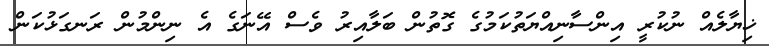
ޚިޔާލެއް ނުކުރީ އިންސާނިއްޔަތުކަމުގެ ގޮތުން ބަލާއިރު ވެސް އޭނަގެ އެ ނިންމުން ރަނގަޅުކަން